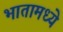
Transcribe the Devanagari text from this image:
भातामध्ये